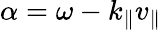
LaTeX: \alpha=\omega-k_{\parallel}v_{\parallel}